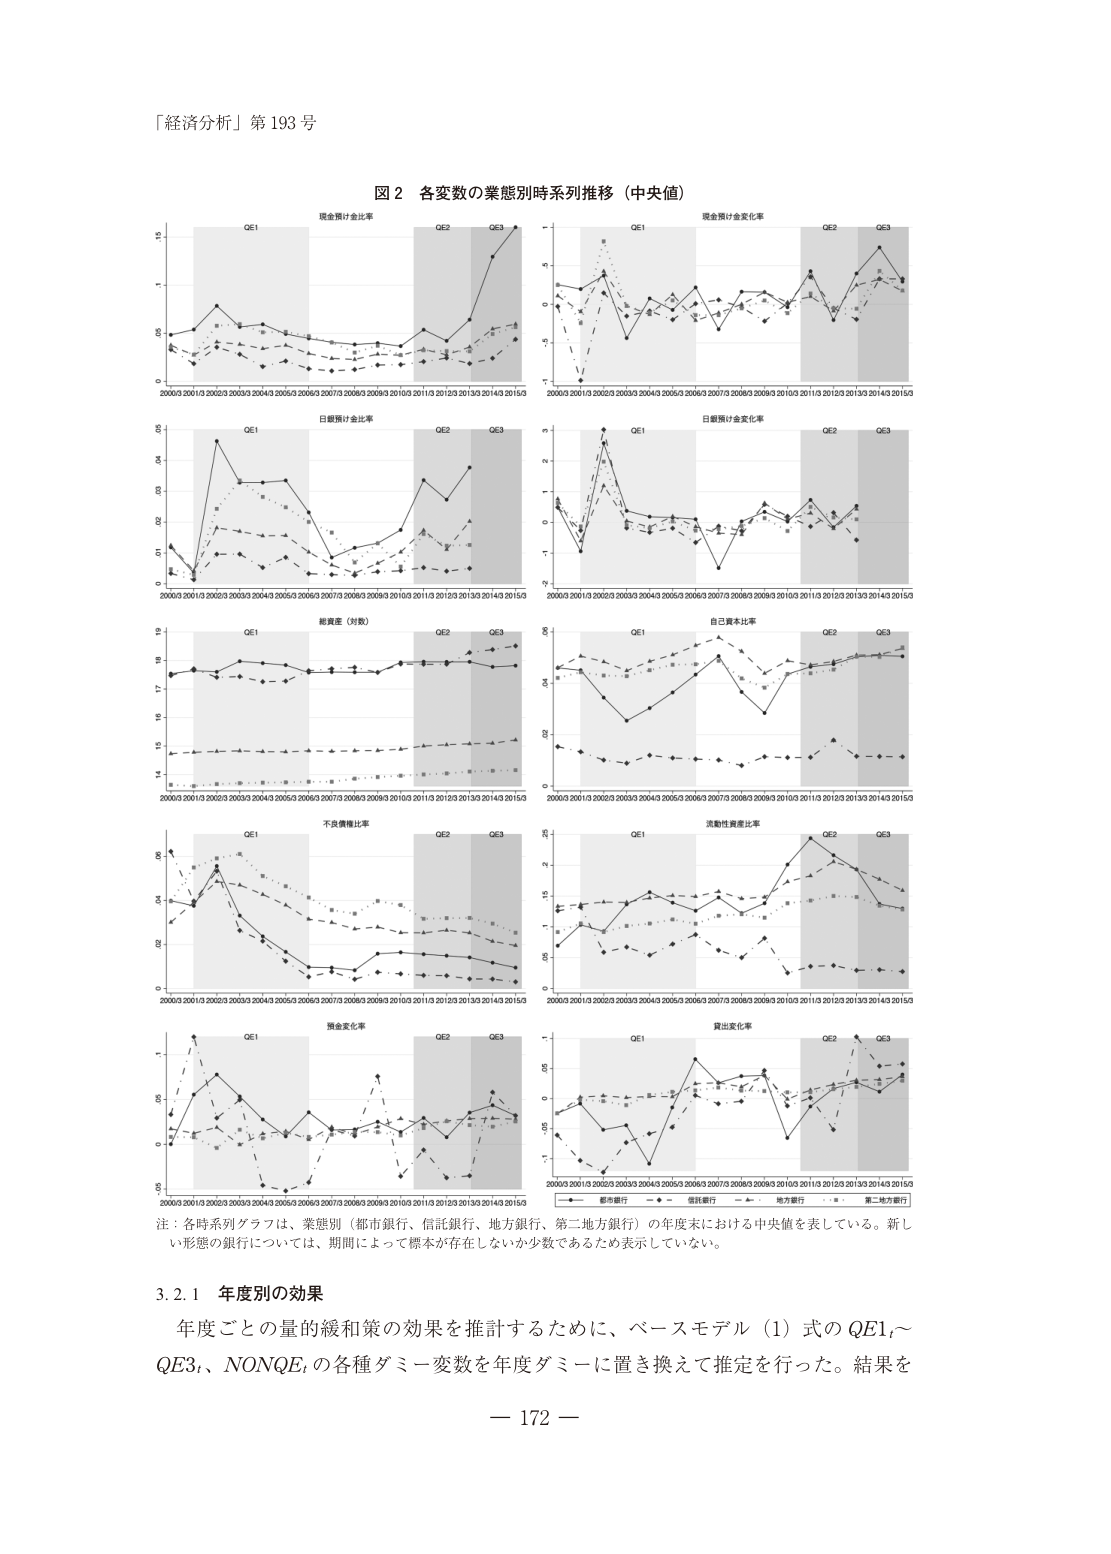
「経済分析」第 193 号

図 2 各変数の業態別時系列推移（中央値）

現金預け金比率
QE1 QE2 QE3
2000/3 2001/3 2002/3 2003/3 2004/3 2005/3 2006/3 2007/3 2008/3 2009/3 2010/3 2011/3 2012/3 2013/3 2014/3 2015/3

現金預け金変化率
QE1 QE2 QE3
2000/3 2001/3 2002/3 2003/3 2004/3 2005/3 2006/3 2007/3 2008/3 2009/3 2010/3 2011/3 2012/3 2013/3 2014/3 2015/3

日銀預け金比率
QE1 QE2 QE3
2000/3 2001/3 2002/3 2003/3 2004/3 2005/3 2006/3 2007/3 2008/3 2009/3 2010/3 2011/3 2012/3 2013/3 2014/3 2015/3

日銀預け金変化率
QE1 QE2 QE3
2000/3 2001/3 2002/3 2003/3 2004/3 2005/3 2006/3 2007/3 2008/3 2009/3 2010/3 2011/3 2012/3 2013/3 2014/3 2015/3

総資産（対数）
QE1 QE2 QE3
2000/3 2001/3 2002/3 2003/3 2004/3 2005/3 2006/3 2007/3 2008/3 2009/3 2010/3 2011/3 2012/3 2013/3 2014/3 2015/3

自己資本比率
QE1 QE2 QE3
2000/3 2001/3 2002/3 2003/3 2004/3 2005/3 2006/3 2007/3 2008/3 2009/3 2010/3 2011/3 2012/3 2013/3 2014/3 2015/3

不良債権比率
QE1 QE2 QE3
2000/3 2001/3 2002/3 2003/3 2004/3 2005/3 2006/3 2007/3 2008/3 2009/3 2010/3 2011/3 2012/3 2013/3 2014/3 2015/3

流動性資産比率
QE1 QE2 QE3
2000/3 2001/3 2002/3 2003/3 2004/3 2005/3 2006/3 2007/3 2008/3 2009/3 2010/3 2011/3 2012/3 2013/3 2014/3 2015/3

預金変化率
QE1 QE2 QE3
2000/3 2001/3 2002/3 2003/3 2004/3 2005/3 2006/3 2007/3 2008/3 2009/3 2010/3 2011/3 2012/3 2013/3 2014/3 2015/3

貸出変化率
QE1 QE2 QE3
2000/3 2001/3 2002/3 2003/3 2004/3 2005/3 2006/3 2007/3 2008/3 2009/3 2010/3 2011/3 2012/3 2013/3 2014/3 2015/3

■ 都市銀行 ◆ 信託銀行 — 地方銀行 … 第二地方銀行

注：各時系列グラフは、業態別（都市銀行、信託銀行、地方銀行、第二地方銀行）の年度末における中央値を表している。新しい形態の銀行については、期間によって標本が存在しないか少数であるため表示していない。

3.2.1 年度別の効果

年度ごとの量的緩和策の効果を推計するために、ベースモデル（1）式の QE1t～QE3t、NONQE t の各種ダミー変数を年度ダミーに置き換えて推定を行った。結果を

— 172 —